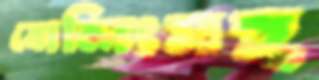
বোলিংসহ